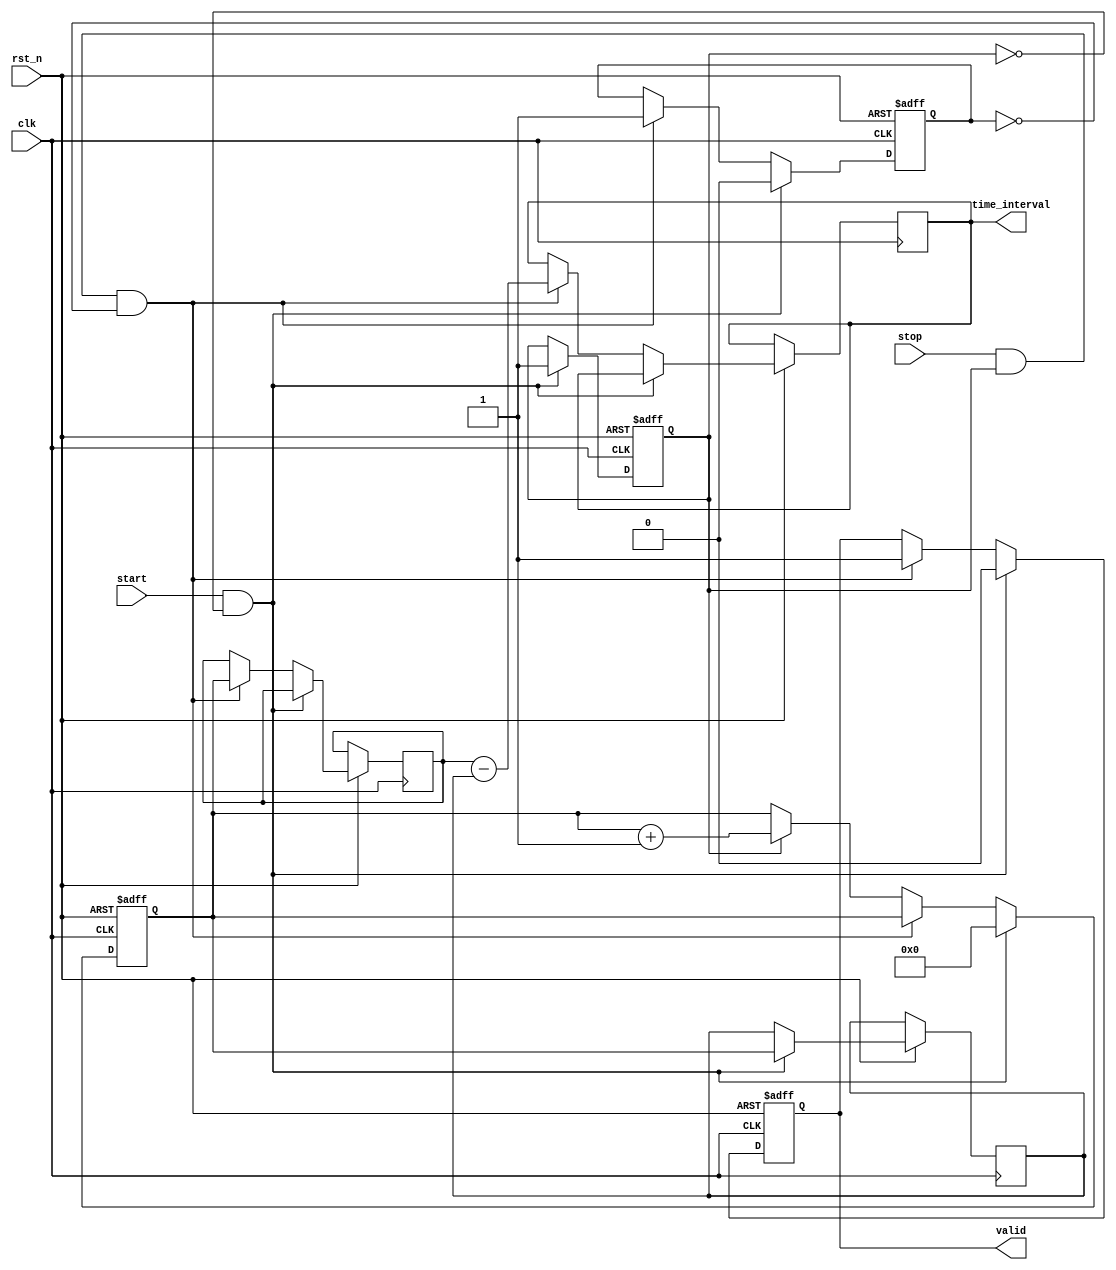
module TDC (
    input wire clk,          // High-frequency clock
    input wire rst_n,       // Active-low reset
    input wire start,       // Start signal
    input wire stop,        // Stop signal
    output reg [31:0] time_interval, // Output time interval
    output reg valid        // Output valid signal
);

    // Memory to store timestamps
    reg [31:0] memory [0:1]; // Two entries: [0] for start, [1] for stop
    reg [31:0] counter;       // Clock cycle counter
    reg start_detected;       // Flag to indicate start detection
    reg stop_detected;        // Flag to indicate stop detection

    // State machine to handle start and stop signals
    always @(posedge clk or negedge rst_n) begin
        if (!rst_n) begin
            counter <= 32'b0;
            valid <= 1'b0;
            start_detected <= 1'b0;
            stop_detected <= 1'b0;
        end else begin
            if (start && !start_detected) begin
                // Start event detected
                memory[0] <= counter; // Store start time
                start_detected <= 1'b1; // Set start detected flag
                stop_detected <= 1'b0; // Reset stop detected flag
                counter <= 32'b0; // Reset counter
                valid <= 1'b0; // Clear valid signal
            end else if (stop && start_detected && !stop_detected) begin
                // Stop event detected
                memory[1] <= counter; // Store stop time
                stop_detected <= 1'b1; // Set stop detected flag
                time_interval <= memory[1] - memory[0]; // Calculate time interval
                valid <= 1'b1; // Indicate valid output
            end else if (start_detected) begin
                // Counting mode
                counter <= counter + 1; // Increment counter
            end
        end
    end

endmodule